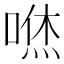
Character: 𠹎